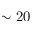
\sim 2 0